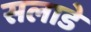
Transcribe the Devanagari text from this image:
सलाडे